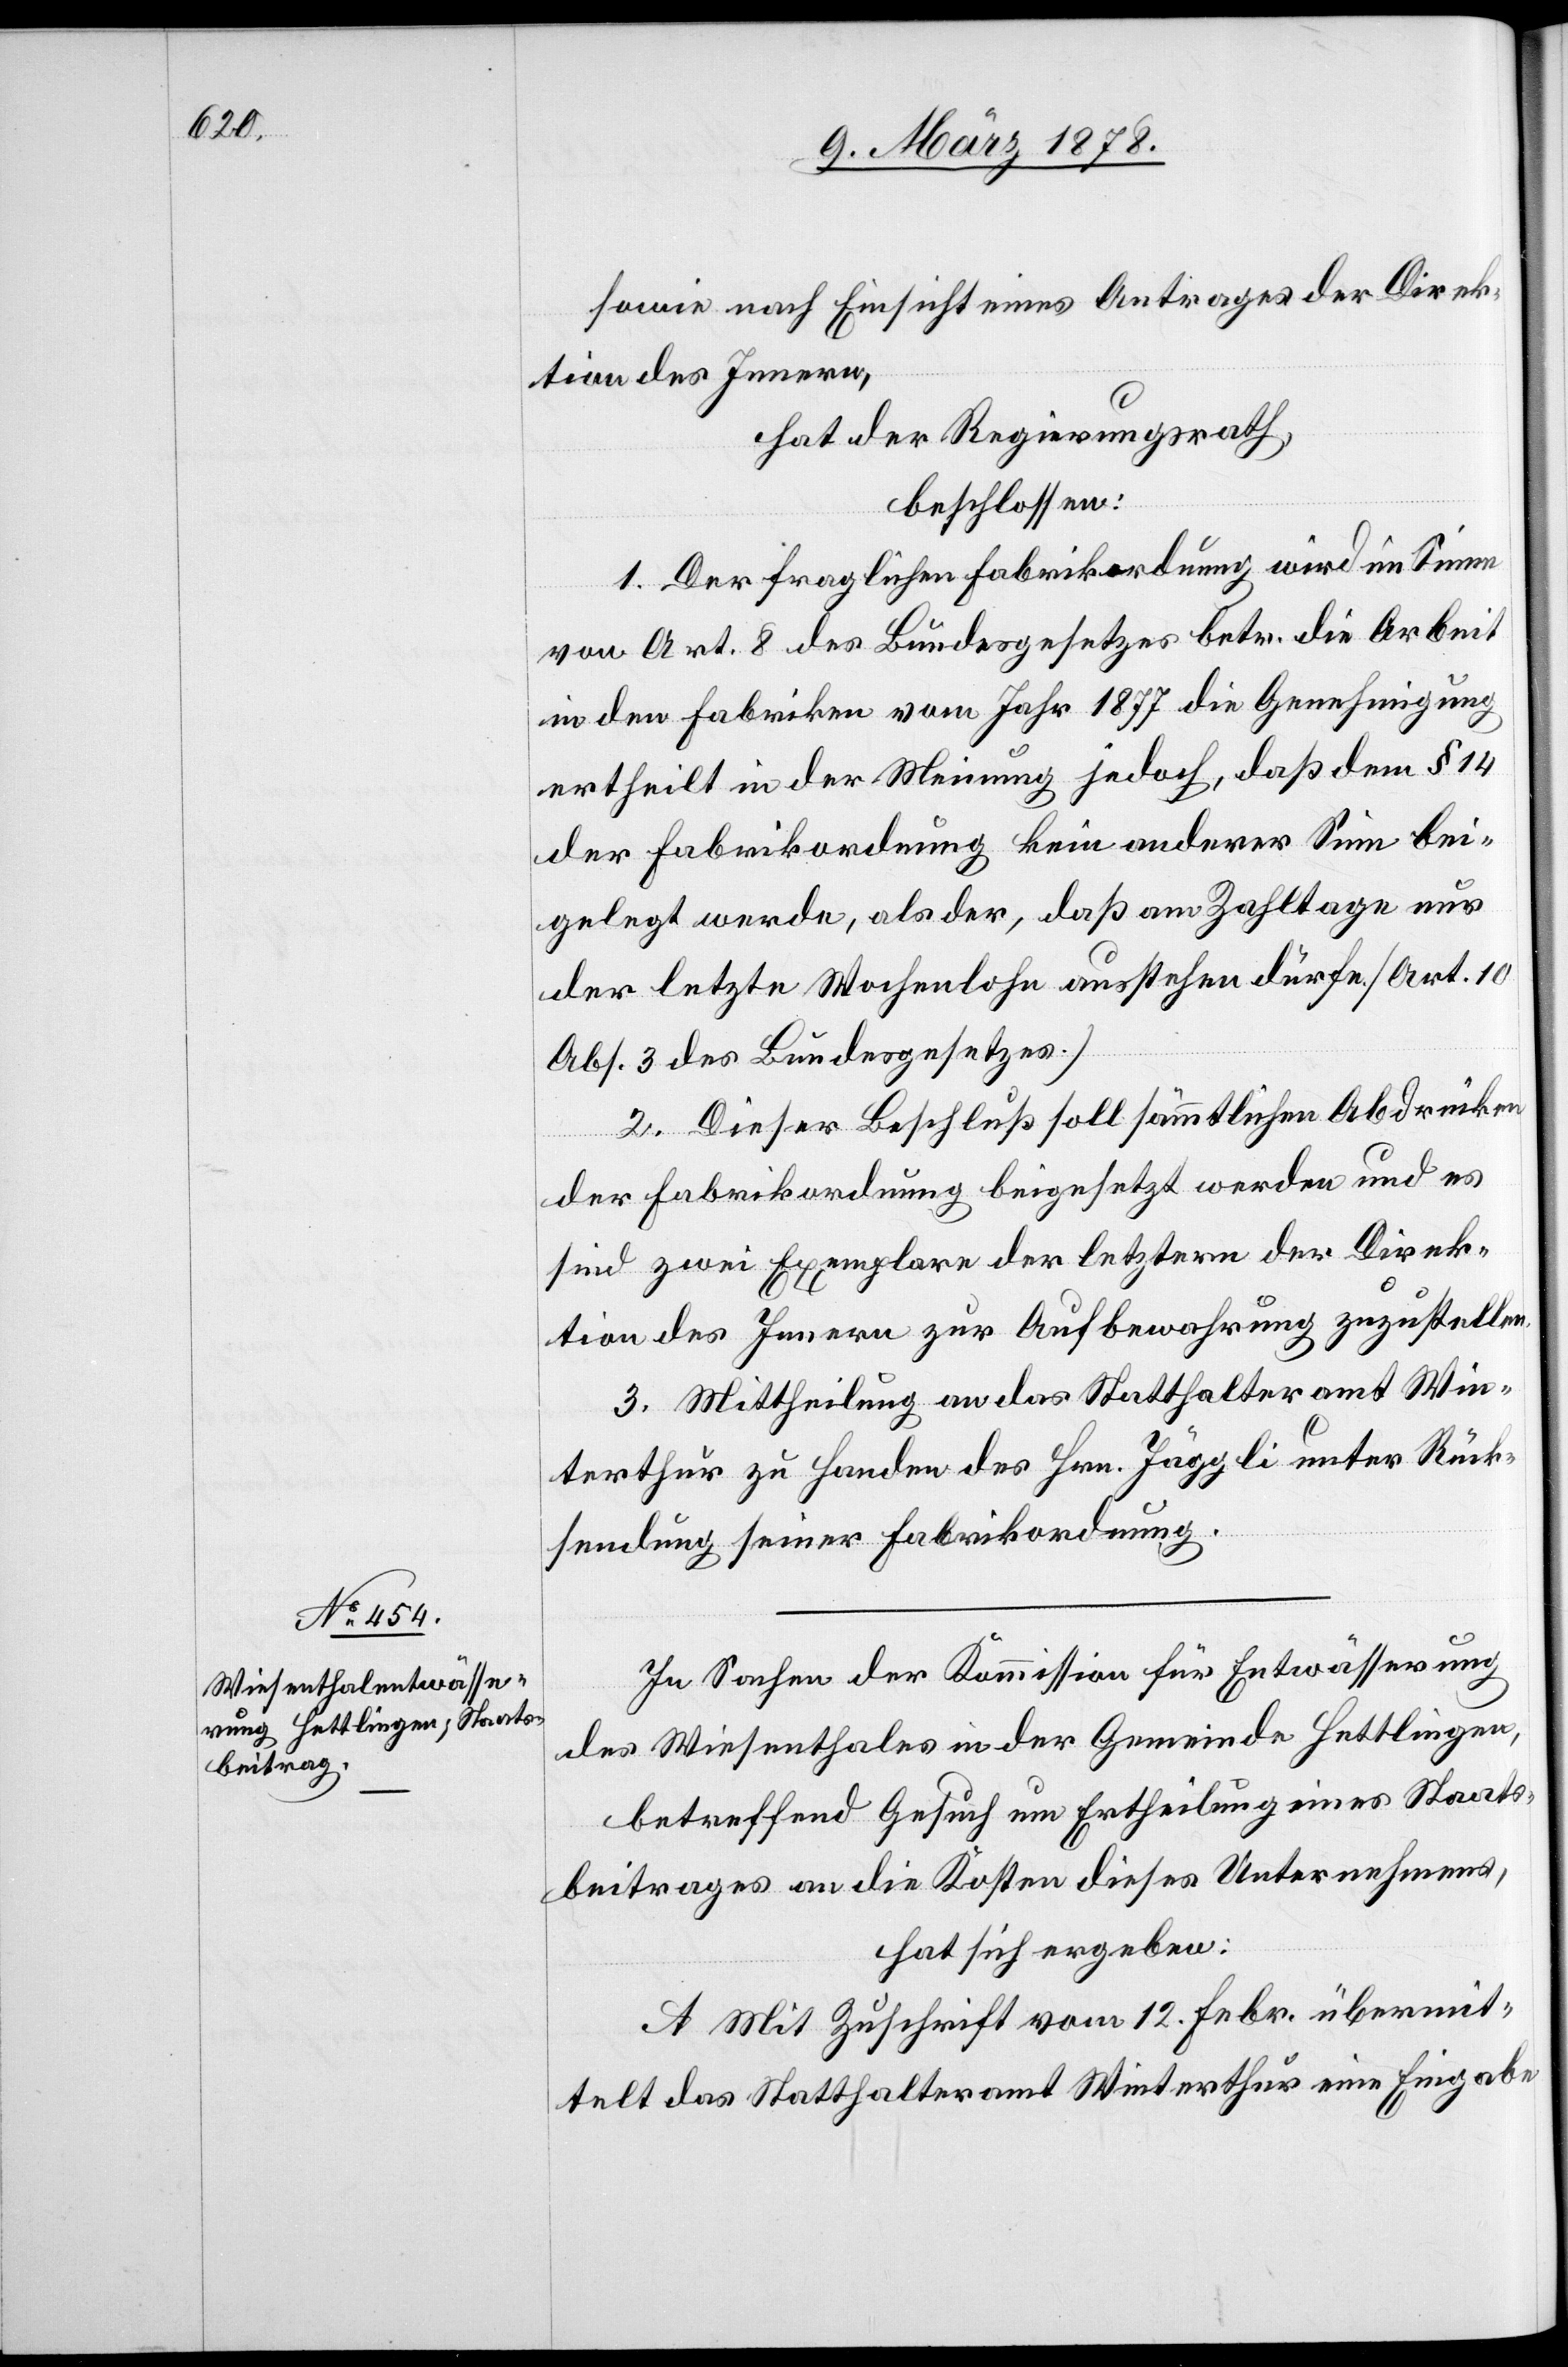
sowie nach Einsicht eines Antrages der Direk¬
tion des Innern,
hat der Regierungsrath
beschlossen:
1. Der fraglichen Fabrikordnung wird im Sinne
von Art. 8 des Bundesgesetzes betr. die Arbeit
in den Fabriken vom Jahr 1877, die Genehmigung
ertheilt in der Meinung jedoch, daß dem § 14
der Fabrikordnung kein anderer Sinn bei¬
gelegt werde, als der, daß am Zahltage nur
der letzte Wochenlohn ausstehen dürfe (Art. 10
Abs. 3 des Bundesgesetzes).
2. Dieser Beschluß soll sämmtlichen Abdrücken
der Fabrikordnung beigesetzt werden und es
sind je zwei Exemplare der letztern der Direk¬
tion des Innern zur Aufbewahrung zuzustellen.
3. Mittheilung an die Statthalterämter Win¬
terthur zu Handen des Hrn. Jäggli unter Rück¬
sendung seiner Fabrikordnung.
In Sachen der Kommission für Entwässerung
des Wiesenthales in der Gemeinde Hettlingen,
betreffend Gesuch um Ertheilung eines Staats¬
beitrages an die Kosten dieses Unternehmens,
hat sich ergeben:
A. Mit Zuschrift vom 12. Febr. übermit¬
telt das Statthalteramt Winterthur eine Eingabe